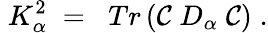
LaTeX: \; K_{\alpha}^{2}\; =\; \; Tr\left(\mathcal{C}\; D_{\alpha}\; \mathcal{C}\right)\; .